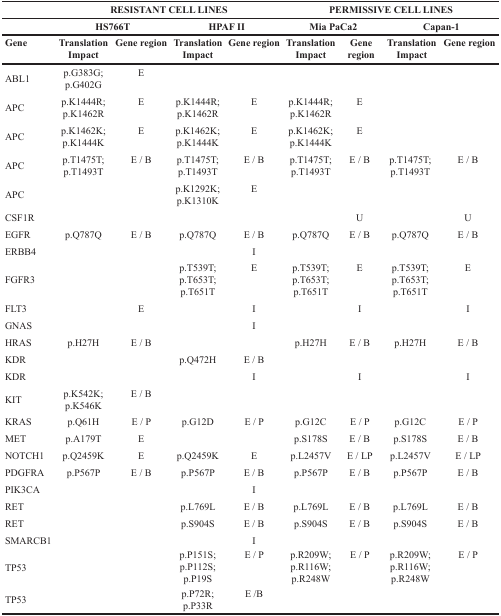
<table><thead><tr><td></td><td colspan="4"><b>RESISTANT CELL LINES</b></td><td colspan="4"><b>PERMISSIVE CELL LINES</b></td></tr><tr><td></td><td colspan="2"><b>HS766T</b></td><td colspan="2"><b>HPAF II</b></td><td colspan="2"><b>Mia PaCa2</b></td><td colspan="2"><b>Capan-1</b></td></tr><tr><td><b>Gene</b></td><td><b>Translation Impact</b></td><td><b>Gene region</b></td><td><b>Translation Impact</b></td><td><b>Gene region</b></td><td><b>Translation Impact</b></td><td><b>Gene region</b></td><td><b>Translation Impact</b></td><td><b>Gene region</b></td></tr></thead><tbody><tr><td>ABL1</td><td>p.G383G; p.G402G</td><td>E</td><td></td><td></td><td></td><td></td><td></td><td></td></tr><tr><td>APC</td><td>p.K1444R; p.K1462R</td><td>E</td><td>p.K1444R; p.K1462R</td><td>E</td><td>p.K1444R; p.K1462R</td><td>E</td><td></td><td></td></tr><tr><td>APC</td><td>p.K1462K; p.K1444K</td><td>E</td><td>p.K1462K; p.K1444K</td><td>E</td><td>p.K1462K; p.K1444K</td><td>E</td><td></td><td></td></tr><tr><td>APC</td><td>p.T1475T; p.T1493T</td><td>E / B</td><td>p.T1475T; p.T1493T</td><td>E / B</td><td>p.T1475T; p.T1493T</td><td>E / B</td><td>p.T1475T; p.T1493T</td><td>E / B</td></tr><tr><td>APC</td><td></td><td></td><td>p.K1292K; p.K1310K</td><td>E</td><td></td><td></td><td></td><td></td></tr><tr><td>CSF1R</td><td></td><td></td><td></td><td></td><td></td><td>U</td><td></td><td>U</td></tr><tr><td>EGFR</td><td>p.Q787Q</td><td>E / B</td><td>p.Q787Q</td><td>E / B</td><td>p.Q787Q</td><td>E / B</td><td>p.Q787Q</td><td>E / B</td></tr><tr><td>ERBB4</td><td></td><td></td><td></td><td>I</td><td></td><td></td><td></td><td></td></tr><tr><td>FGFR3</td><td></td><td></td><td>p.T539T; p.T653T; p.T651T</td><td>E</td><td>p.T539T; p.T653T; p.T651T</td><td>E</td><td>p.T539T; p.T653T; p.T651T</td><td>E</td></tr><tr><td>FLT3</td><td></td><td>E</td><td></td><td>I</td><td></td><td>I</td><td></td><td>I</td></tr><tr><td>GNAS</td><td></td><td></td><td></td><td>I</td><td></td><td></td><td></td><td></td></tr><tr><td>HRAS</td><td>p.H27H</td><td>E / B</td><td></td><td></td><td>p.H27H</td><td>E / B</td><td>p.H27H</td><td>E / B</td></tr><tr><td>KDR</td><td></td><td></td><td>p.Q472H</td><td>E / B</td><td></td><td></td><td></td><td></td></tr><tr><td>KDR</td><td></td><td></td><td></td><td>I</td><td></td><td>I</td><td></td><td>I</td></tr><tr><td>KIT</td><td>p.K542K; p.K546K</td><td>E / B</td><td></td><td></td><td></td><td></td><td></td><td></td></tr><tr><td>KRAS</td><td>p.Q61H</td><td>E / P</td><td>p.G12D</td><td>E / P</td><td>p.G12C</td><td>E / P</td><td>p.G12C</td><td>E / P</td></tr><tr><td>MET</td><td>p.A179T</td><td>E</td><td></td><td></td><td>p.S178S</td><td>E / B</td><td>p.S178S</td><td>E / B</td></tr><tr><td>NOTCH1</td><td>p.Q2459K</td><td>E</td><td>p.Q2459K</td><td>E</td><td>p.L2457V</td><td>E / LP</td><td>p.L2457V</td><td>E / LP</td></tr><tr><td>PDGFRA</td><td>p.P567P</td><td>E / B</td><td>p.P567P</td><td>E / B</td><td>p.P567P</td><td>E / B</td><td>p.P567P</td><td>E / B</td></tr><tr><td>PIK3CA</td><td></td><td></td><td></td><td>I</td><td></td><td></td><td></td><td></td></tr><tr><td>RET</td><td></td><td></td><td>p.L769L</td><td>E / B</td><td>p.L769L</td><td>E / B</td><td>p.L769L</td><td>E / B</td></tr><tr><td>RET</td><td></td><td></td><td>p.S904S</td><td>E / B</td><td>p.S904S</td><td>E / B</td><td>p.S904S</td><td>E / B</td></tr><tr><td>SMARCB1</td><td></td><td></td><td></td><td>I</td><td></td><td></td><td></td><td></td></tr><tr><td>TP53</td><td></td><td></td><td>p.P151S; p.P112S; p.P19S</td><td>E / P</td><td>p.R209W; p.R116W; p.R248W</td><td>E / P</td><td>p.R209W; p.R116W; p.R248W</td><td>E / P</td></tr><tr><td>TP53</td><td></td><td></td><td>p.P72R; p.P33R</td><td>E /B</td><td></td><td></td><td></td><td></td></tr></tbody></table>